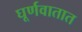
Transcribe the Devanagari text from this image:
घूर्णवातात